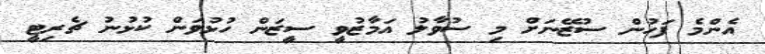
އެންމެ ފަހުން ސުޒޭނަށް މި ސުވާލު އަމާޒުވީ ސީޒަން ހުޅުވަން ކުޅުނު ޗެރިޓީ